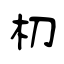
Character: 朷